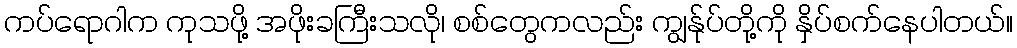
ကပ်ရောဂါက ကုသဖို့ အဖိုးခကြီးသလို၊ စစ်တွေကလည်း ကျွန်ုပ်တို့ကို နှိပ်စက်နေပါတယ်။